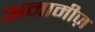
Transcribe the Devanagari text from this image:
अनामीज़